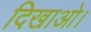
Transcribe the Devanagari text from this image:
दिखाओ।